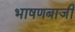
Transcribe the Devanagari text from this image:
भाषणबाजी